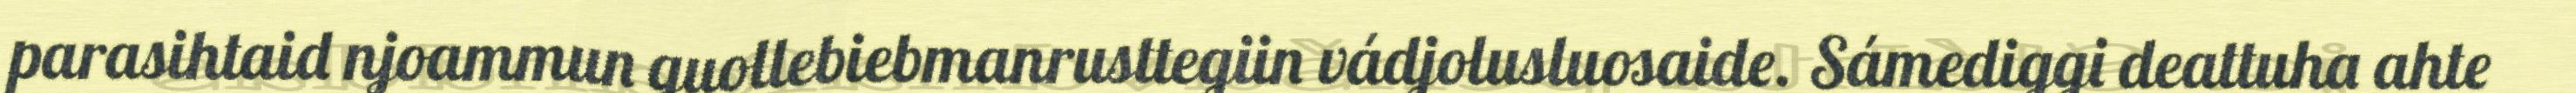
parasihtaid njoammun guollebiebmanrusttegiin vádjolusluosaide. Sámediggi deattuha ahte